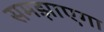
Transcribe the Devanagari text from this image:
समझाएगा